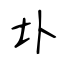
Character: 圤